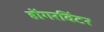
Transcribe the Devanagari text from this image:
होंगरविंटर